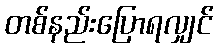
တစ်နည်းပြောရလျှင်